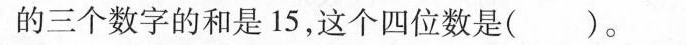
的三个数字的和是15，这个四位数是( )。